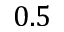
0 . 5